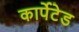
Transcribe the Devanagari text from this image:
कार्पेटेड